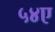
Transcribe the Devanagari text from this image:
५४ए